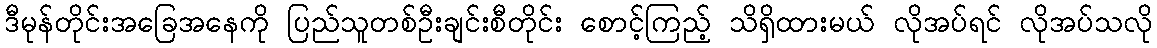
ဒီမုန်တိုင်းအခြေအနေကို ပြည်သူတစ်ဦးချင်းစီတိုင်း စောင့်ကြည့် သိရှိထားမယ် လိုအပ်ရင် လိုအပ်သလို